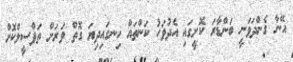
އޭނާ ގެންދަވަނީ ބަންޑާރަ ކޮށީގައި އެދުވަހު ކަންތައް ހިނގައިދިޔަ ގޮތް ވަރަށް ތަފްސީލްކޮށް